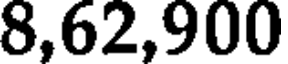
8,62,900